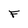
Character: F